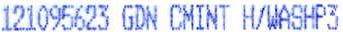
121095623 GDN CMINT H/WASHP3